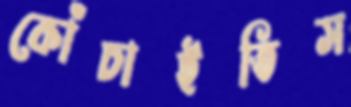
কোঁচাইতিস